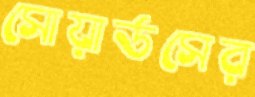
সোয়ার্ডসের